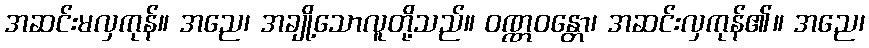
အဆင်းမလှကုန်။ အညေ၊ အချို့သောလူတို့သည်။ ဝဏ္ဏဝန္တော၊ အဆင်းလှကုန်၏။ အညေ၊